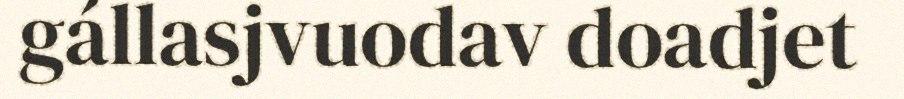
gállasjvuodav doadjet